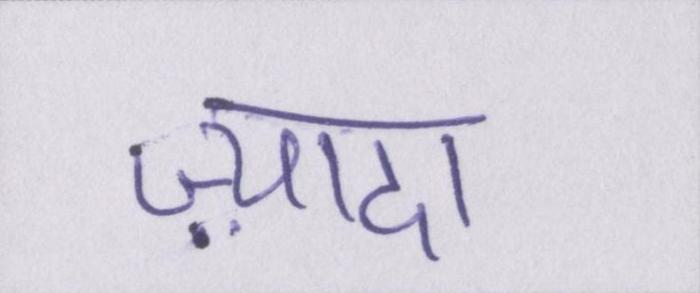
ज़्यादा